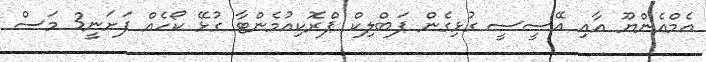
އެމްއެންޔޫ އާއި އޭސީސީ ގުޅިގެން ޕަބްލިކް ޕްރޮކިއުމެންޓާ ގުޅޭ ކޯހެއް ފަށަނީ3 މަސް